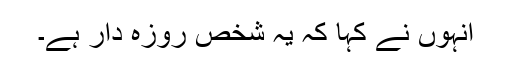
انہوں نے کہا کہ یہ شخص روزہ دار ہے۔